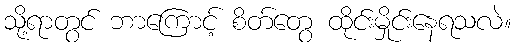
သို့ရာတွင် ဘာကြောင့် စိတ်တွေ ထိုင်းမှိုင်းနေရသလဲ။